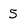
Character: 5